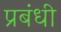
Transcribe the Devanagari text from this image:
प्रबंधी